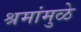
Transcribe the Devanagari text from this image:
श्रमांमुळे